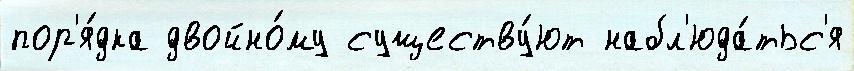
пор'я́дка двойно́му существу́ют набл'юда́тьс'я